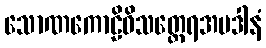
သောဏကောဠိဝိသတ္ထေရအပဒါနံ